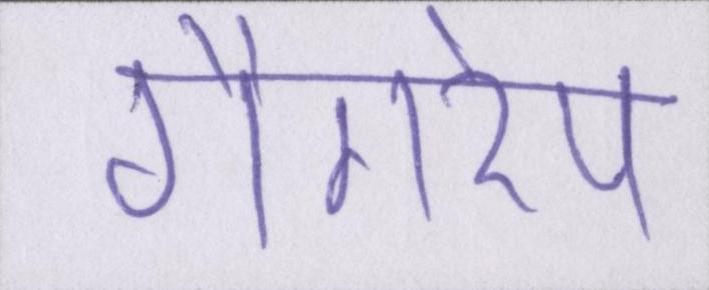
गैंगरेप